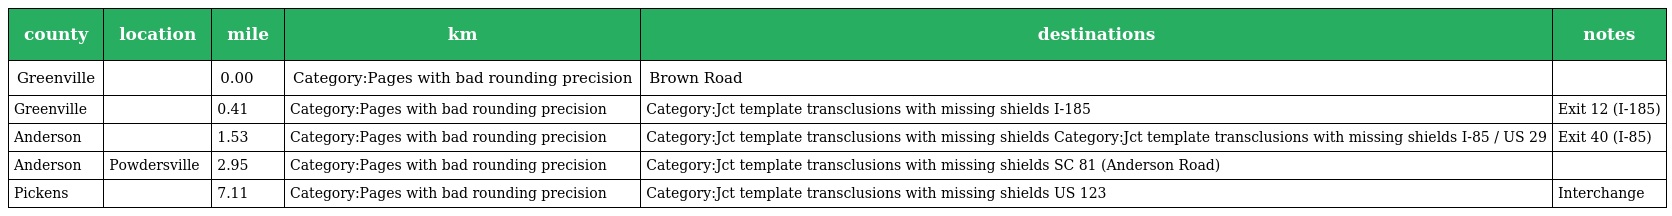
| county | location | mile | km | destinations | notes |
 | --- | --- | --- | --- | --- | --- |
 | Greenville |  | 0.00 | Category:Pages with bad rounding precision | Brown Road |  |
 | Greenville |  | 0.41 | Category:Pages with bad rounding precision | Category:Jct template transclusions with missing shields I-185 | Exit 12 (I-185) |
 | Anderson |  | 1.53 | Category:Pages with bad rounding precision | Category:Jct template transclusions with missing shields Category:Jct template transclusions with missing shields I-85 / US 29 | Exit 40 (I-85) |
 | Anderson | Powdersville | 2.95 | Category:Pages with bad rounding precision | Category:Jct template transclusions with missing shields SC 81 (Anderson Road) |  |
 | Pickens |  | 7.11 | Category:Pages with bad rounding precision | Category:Jct template transclusions with missing shields US 123 | Interchange |